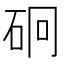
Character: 𥑎